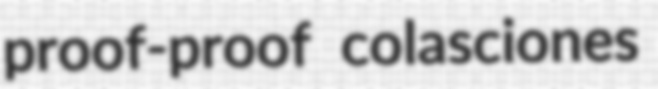
proof-proof colasciones